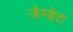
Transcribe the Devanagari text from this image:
जेम्डेट